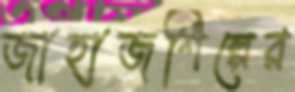
জাহাজশিল্পের